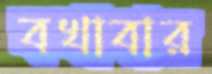
বখাবার